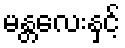
မန္တလေးနှင့်